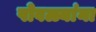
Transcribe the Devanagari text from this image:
पोवळ्यांना